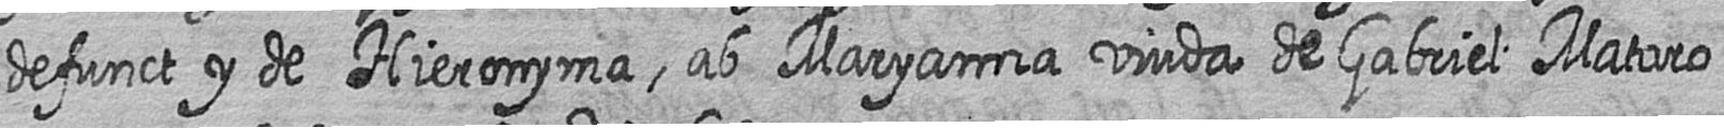
defunct y de Hieronyma ab Maryanna viuda de Gabriel Mataro